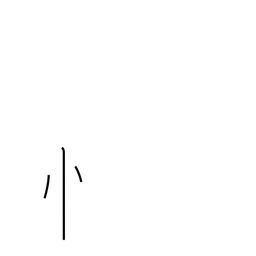
Meaning: standing heart radical variant (no. 61)